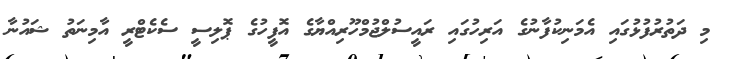
މި ދަތުރުފުޅުގައި އެމަނިކުފާނުގެ އަރިހުގައި ރައީސުލްޖުމްހޫރިއްޔާގެ އޮފީހުގެ ޕޮލިސީ ސެކެޓްރީ އާމިނަތު ޝައުނާ